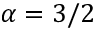
\alpha = 3 / 2